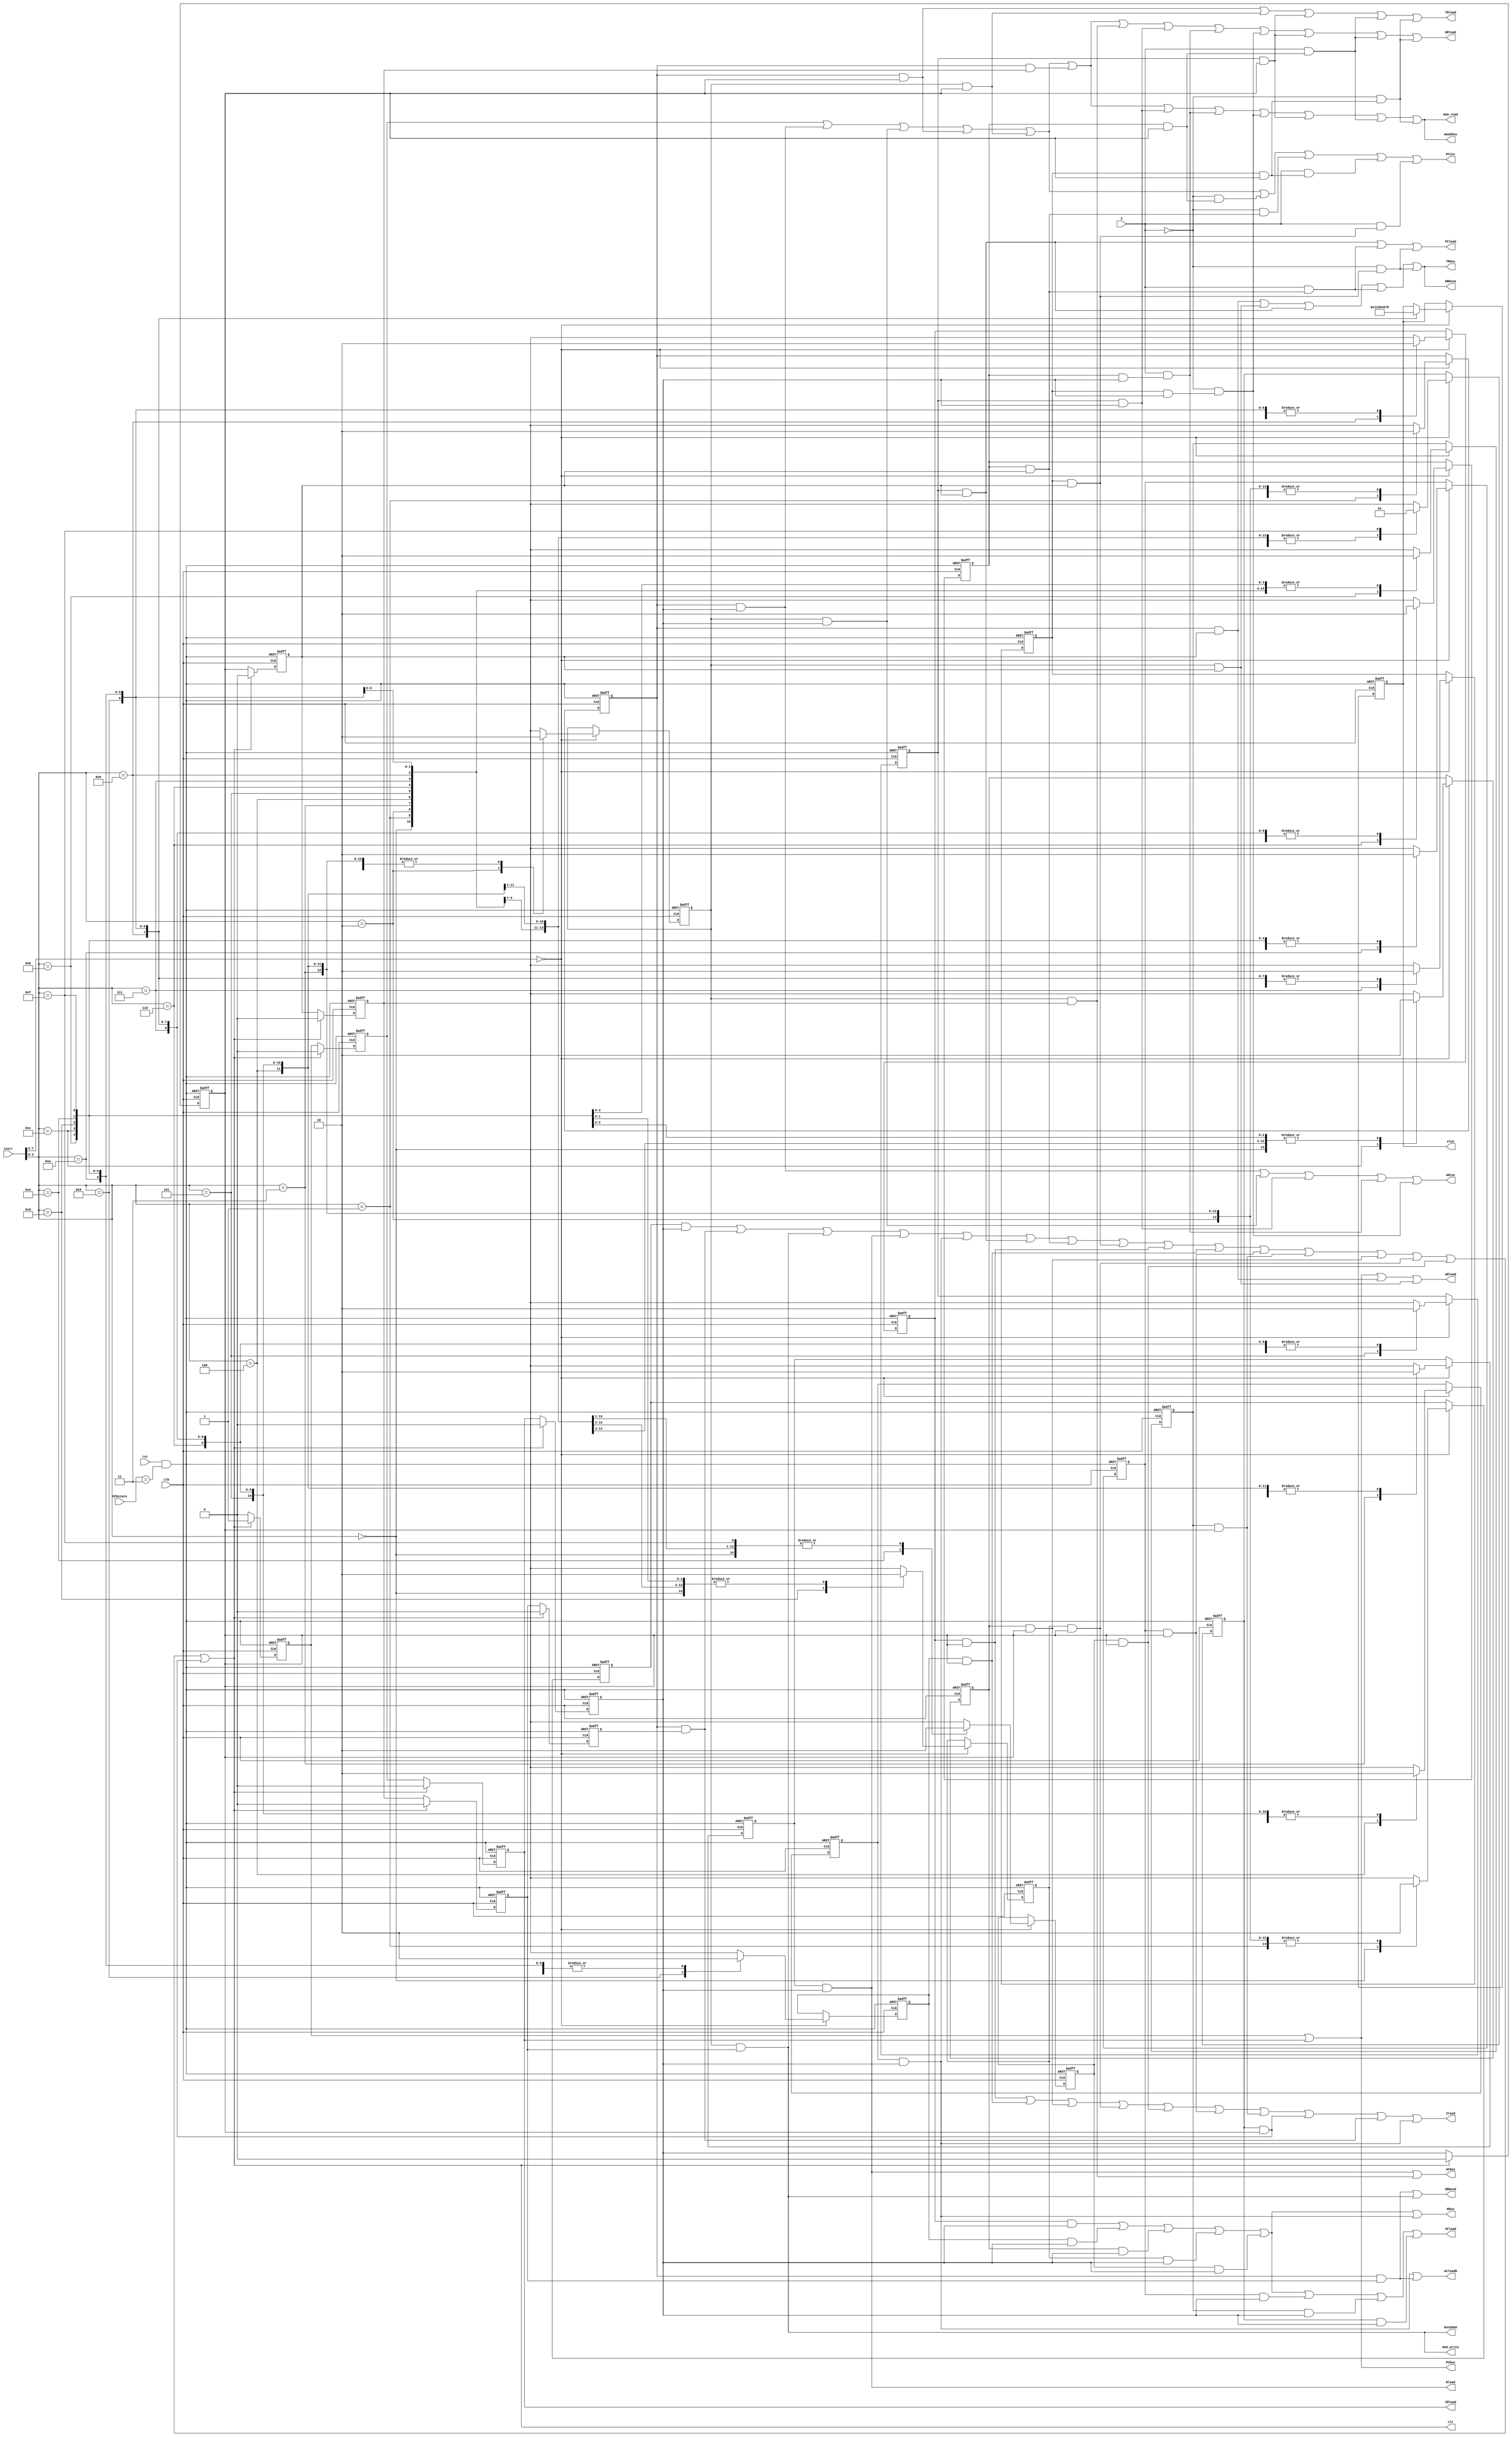
//

/*

       din8IR
       clk1
       rst1cpustatereset
       cpustateCPUINCHECKRUN2
       z1z

      clr
      
*/

module control(instr, clk, rst, CPUstate, Z, 
               ARload, ARinc, PCload, PCinc, DRload, IRload, TRload,
      		   Rload, ACload, Zload, ACloadR,
    		   PCbus, DRbusd, DRbusa, TRbus,
       		   Rbus, ACbus,
               alus, clr,
               mem_read, mem_write,
               mem2bus, bus2mem);

input [7:0] instr;    //
input clk, rst, Z;
input [1:0] CPUstate;

output ARload, ARinc, PCload, PCinc, DRload, IRload, TRload,
       Rload, ACload, Zload, ACloadR,
       PCbus, DRbusd, DRbusa, TRbus,
       Rbus, ACbus,
       mem_read, mem_write, clr,
       mem2bus, bus2mem;
output [3:0] alus;
reg [3:0] alus;

//
wire fetch1,fetch2,fetch3;
wire NOP1,LDAC1,LDAC2,LDAC3,LDAC4,LDAC5,LDAC6;
wire ADD2,SUB2,AND2,OR2,XOR2,INAC2,CLAC2,NOT2;
wire STAC1,STAC2,STAC3,STAC4,STAC5;
wire MOVAC1,MOVR1,JUMP1,JUMP2,JUMP3;
wire JMPZ1,JMPZ2,JMPZ3,JPNZ1,JPNZ2,JPNZ3;
wire ADD1,SUB1,INAC1,CLAC1,AND1,OR1,XOR1,NOT1;

//,1,0
reg i_NOP, i_LDAC, i_STAC, i_MOVAC;
reg i_MOVR, i_JUMP, i_JMPZ, i_JPNZ;
reg i_ADD, i_SUB, i_INAC, i_CLAC;
reg i_AND, i_OR, i_XOR, i_NOT;

//8
reg t0, t1, t2, t3, t4, t5, t6, t7, t8;

//parameter's define
wire reset;

// signals for the counter
wire clr; //
wire inc; //
// assign signals for the cunter
assign reset = rst & (CPUstate == 2'b11);

//clr
assign clr = NOP1||LDAC6||STAC5||MOVAC1||MOVR1
			 ||JUMP3||JMPZ3||JPNZ3||ADD2||SUB2
			 ||INAC2||CLAC2||AND2||OR2||XOR2||NOT2;
assign inc = ~clr;

//
//
assign fetch1=t0;
assign fetch2=t1;
assign fetch3=t2;

assign NOP1 = i_NOP && t3;

assign LDAC1 = i_LDAC && t3;
assign LDAC2 = i_LDAC && t4;
assign LDAC3 = i_LDAC && t5;
assign LDAC4 = i_LDAC && t6;
assign LDAC5 = i_LDAC && t7;
assign LDAC6 = i_LDAC && t8;

assign STAC1 = i_STAC && t3;
assign STAC2 = i_STAC && t4;
assign STAC3 = i_STAC && t5;
assign STAC4 = i_STAC && t6;
assign STAC5 = i_STAC && t7;

assign MOVAC1 = i_MOVAC && t3;

assign MOVR1 = i_MOVR && t3;

assign JUMP1 = i_JUMP && t3;
assign JUMP2 = i_JUMP && t4;
assign JUMP3 = i_JUMP && t5;

assign JMPZ1 = i_JMPZ && t3;
assign JMPZ2 = i_JMPZ && t4;
assign JMPZ3 = i_JMPZ && t5;

assign JPNZ1 = i_JPNZ && t3;
assign JPNZ2 = i_JPNZ && t4;
assign JPNZ3 = i_JPNZ && t5;

assign ADD1 = i_ADD && t3;
assign ADD2 = i_ADD && t4;

assign SUB1 = i_SUB && t3;
assign SUB2 = i_SUB && t4;

assign INAC1 = i_INAC && t3;
assign INAC2 = i_INAC && t4;

assign CLAC1 = i_CLAC && t3;
assign CLAC2 = i_CLAC && t4;

assign AND1 = i_AND && t3;
assign AND2 = i_AND && t4;

assign OR1 = i_OR && t3;
assign OR2 = i_OR && t4;

assign XOR1 = i_XOR && t3;
assign XOR2 = i_XOR && t4;

assign NOT1 = i_NOT && t3;
assign NOT2 = i_NOT && t4;


//
assign ARload = fetch1||fetch3||LDAC3||STAC3;
assign ARinc = LDAC1||STAC1||JUMP1||(Z&&JMPZ1)||(!Z&&JPNZ1);
assign PCload = JUMP3||(Z&&JMPZ3)||(!Z&&JPNZ3);
assign PCinc = fetch2||LDAC1||STAC1||LDAC2||STAC2||(!Z&&JMPZ2)||(!Z&&JMPZ3)||(Z&&JPNZ2)||(Z&&JPNZ3);
assign DRload = fetch2||LDAC1||STAC1||LDAC2||STAC2||LDAC4||STAC4||JUMP1||(Z&&JMPZ1)||(!Z&&JPNZ1)||JUMP2||(Z&&JMPZ2)||(!Z&&JPNZ2);
assign IRload = fetch3;
assign TRload = LDAC2||STAC2||JUMP2||(Z&&JMPZ2)||(!Z&&JPNZ2);

assign Rload = MOVAC1;
assign ACload = ADD1||SUB1||AND1||OR1||XOR1||INAC1||CLAC1||NOT1;
assign Zload = ADD2||SUB2||AND2||OR2||XOR2||INAC2||CLAC2||NOT2||LDAC6||MOVR1;

assign ACloadR = MOVR1||LDAC5;

assign PCbus = fetch1||fetch3;
assign DRbusd = LDAC5||STAC5;
assign DRbusa = LDAC3||STAC3||JUMP3||(Z&&JMPZ3)||(!Z&&JPNZ3);
assign TRbus = LDAC3||STAC3||JUMP3||(Z&&JMPZ3)||(!Z&&JPNZ3);
assign Rbus = ADD1||SUB1||AND1||OR1||XOR1||MOVR1;
assign ACbus = MOVAC1||STAC4;

assign mem_read = fetch2||LDAC1||STAC1||LDAC2||STAC2||LDAC4||JUMP1||(Z&&JMPZ1)||(!Z&&JPNZ1)||JUMP2||(Z&&JMPZ2)||(!Z&&JPNZ2);
assign mem_write = STAC5;
assign mem2bus = fetch2||LDAC1||STAC1||LDAC2||STAC2||LDAC4||JUMP1||(Z&&JMPZ1)||(!Z&&JPNZ1)||JUMP2||(Z&&JMPZ2)||(!Z&&JPNZ2);
assign bus2mem = STAC5;

//assign alus = 
/* always @(*) begin
	if(CLAC1)alus = 4'b0000;
	else if(ADD1)alus = 4'b0001;
	else if(SUB1)alus =  4'b0010;
	else if(INAC1)alus = 4'b0011;
	else if(AND1)alus = 4'b0100;
	else if(OR1)alus = 4'b0101;
	else if(NOT1)alus = 4'b0110;
	else if(XOR1)alus = 4'b0111;
	else if(LDAC1)alus = 4'b1000;
end */

//    
always @(posedge clk or negedge reset) begin
       if(!reset)
	begin//nop
	    i_NOP <= 1;
		i_LDAC <= 0;
		i_STAC <= 0;
		i_MOVAC <= 0;

		i_MOVR <= 0;
		i_JUMP <= 0;
		i_JMPZ <= 0;
		i_JPNZ <= 0;

		i_ADD <= 0;
		i_SUB <= 0;
		i_INAC <= 0;
		i_CLAC <= 0;

		i_AND <= 0;
		i_OR <= 0;
		i_XOR <= 0;
		i_NOT <= 0;

		alus <= 4'bzzzz;
	end
else 
begin
	//alusxalusxalus
	
	if(instr[7:4] == 0000)//
	begin
		case(instr[3:0])
		0:  begin//40nopinop1
			i_NOP <= 1;
			i_LDAC <= 0;
			i_STAC <= 0;
			i_MOVAC <= 0;

			i_MOVR <= 0;
			i_JUMP <= 0;
			i_JMPZ <= 0;
			i_JPNZ <= 0;

			i_ADD <= 0;
			i_SUB <= 0;
			i_INAC <= 0;
			i_CLAC <= 0;

			i_AND <= 0;
			i_OR <= 0;
			i_XOR <= 0;
			i_NOT <= 0;
		end
		1:  begin
			//40001ildacildac10
			//0Quartus IIALUalus
			//10nopalus
			i_NOP <= 0;
			i_LDAC <= 1;
			i_STAC <= 0;
			i_MOVAC <= 0;

			i_MOVR <= 0;
			i_JUMP <= 0;
			i_JMPZ <= 0;
			i_JPNZ <= 0;

			i_ADD <= 0;
			i_SUB <= 0;
			i_INAC <= 0;
			i_CLAC <= 0;

			i_AND <= 0;
			i_OR <= 0;
			i_XOR <= 0;
			i_NOT <= 0;
			
		end
		2:  begin
			i_NOP <= 0;
			i_LDAC <= 0;
			i_STAC <= 1;
			i_MOVAC <= 0;

			i_MOVR <= 0;
			i_JUMP <= 0;
			i_JMPZ <= 0;
			i_JPNZ <= 0;

			i_ADD <= 0;
			i_SUB <= 0;
			i_INAC <= 0;
			i_CLAC <= 0;

			i_AND <= 0;
			i_OR <= 0;
			i_XOR <= 0;
			i_NOT <= 0;
			
		end
		3:  begin
			i_NOP <= 0;
			i_LDAC <= 0;
			i_STAC <= 0;
			i_MOVAC <= 1;

			i_MOVR <= 0;
			i_JUMP <= 0;
			i_JMPZ <= 0;
			i_JPNZ <= 0;

			i_ADD <= 0;
			i_SUB <= 0;
			i_INAC <= 0;
			i_CLAC <= 0;

			i_AND <= 0;
			i_OR <= 0;
			i_XOR <= 0;
			i_NOT <= 0;
			
		end
		4:  begin
			i_NOP <= 0;
			i_LDAC <= 0;
			i_STAC <= 0;
			i_MOVAC <= 0;

			i_MOVR <= 1;
			i_JUMP <= 0;
			i_JMPZ <= 0;
			i_JPNZ <= 0;

			i_ADD <= 0;
			i_SUB <= 0;
			i_INAC <= 0;
			i_CLAC <= 0;

			i_AND <= 0;
			i_OR <= 0;
			i_XOR <= 0;
			i_NOT <= 0;
			
		end
		5:  begin
			i_NOP <= 0;
			i_LDAC <= 0;
			i_STAC <= 0;
			i_MOVAC <= 0;

			i_MOVR <= 0;
			i_JUMP <= 1;
			i_JMPZ <= 0;
			i_JPNZ <= 0;

			i_ADD <= 0;
			i_SUB <= 0;
			i_INAC <= 0;
			i_CLAC <= 0;

			i_AND <= 0;
			i_OR <= 0;
			i_XOR <= 0;
			i_NOT <= 0;
			
		end
		6:  begin
			i_NOP <= 0;
			i_LDAC <= 0;
			i_STAC <= 0;
			i_MOVAC <= 0;

			i_MOVR <= 0;
			i_JUMP <= 0;
			i_JMPZ <= 1;
			i_JPNZ <= 0;

			i_ADD <= 0;
			i_SUB <= 0;
			i_INAC <= 0;
			i_CLAC <= 0;

			i_AND <= 0;
			i_OR <= 0;
			i_XOR <= 0;
			i_NOT <= 0;
			
		end
		7:  begin
			i_NOP <= 0;
			i_LDAC <= 0;
			i_STAC <= 0;
			i_MOVAC <= 0;

			i_MOVR <= 0;
			i_JUMP <= 0;
			i_JMPZ <= 0;
			i_JPNZ <= 1;

			i_ADD <= 0;
			i_SUB <= 0;
			i_INAC <= 0;
			i_CLAC <= 0;

			i_AND <= 0;
			i_OR <= 0;
			i_XOR <= 0;
			i_NOT <= 0;
			
		end
		8:  begin
			i_NOP <= 0;
			i_LDAC <= 0;
			i_STAC <= 0;
			i_MOVAC <= 0;

			i_MOVR <= 0;
			i_JUMP <= 0;
			i_JMPZ <= 0;
			i_JPNZ <= 0;

			i_ADD <= 1;
			i_SUB <= 0;
			i_INAC <= 0;
			i_CLAC <= 0;

			i_AND <= 0;
			i_OR <= 0;
			i_XOR <= 0;
			i_NOT <= 0;

			alus <= 4'b0001;
			
		end
		9:  begin
			i_NOP <= 0;
			i_LDAC <= 0;
			i_STAC <= 0;
			i_MOVAC <= 0;

			i_MOVR <= 0;
			i_JUMP <= 0;
			i_JMPZ <= 0;
			i_JPNZ <= 0;

			i_ADD <= 0;
			i_SUB <= 1;
			i_INAC <= 0;
			i_CLAC <= 0;

			i_AND <= 0;
			i_OR <= 0;
			i_XOR <= 0;
			i_NOT <= 0;

			alus <= 4'b0010;
			
		end
        10:  begin
            i_NOP <= 0;
			i_LDAC <= 0;
			i_STAC <= 0;
			i_MOVAC <= 0;

			i_MOVR <= 0;
			i_JUMP <= 0;
			i_JMPZ <= 0;
			i_JPNZ <= 0;

			i_ADD <= 0;
			i_SUB <= 0;
			i_INAC <= 1;
			i_CLAC <= 0;

			i_AND <= 0;
			i_OR <= 0;
			i_XOR <= 0;
			i_NOT <= 0;

			alus <= 4'b0011;

        end
        11:  begin
			i_NOP <= 0;
			i_LDAC <= 0;
			i_STAC <= 0;
			i_MOVAC <= 0;

			i_MOVR <= 0;
			i_JUMP <= 0;
			i_JMPZ <= 0;
			i_JPNZ <= 0;

			i_ADD <= 0;
			i_SUB <= 0;
			i_INAC <= 0;
			i_CLAC <= 1;

			i_AND <= 0;
			i_OR <= 0;
			i_XOR <= 0;
			i_NOT <= 0;

			alus <= 4'b0000;
            end
        12:  begin
			i_NOP <= 0;
			i_LDAC <= 0;
			i_STAC <= 0;
			i_MOVAC <= 0;

			i_MOVR <= 0;
			i_JUMP <= 0;
			i_JMPZ <= 0;
			i_JPNZ <= 0;

			i_ADD <= 0;
			i_SUB <= 0;
			i_INAC <= 0;
			i_CLAC <= 0;

			i_AND <= 1;
			i_OR <= 0;
			i_XOR <= 0;
			i_NOT <= 0;

			alus <= 4'b0100;
        end
        13:  begin
			i_NOP <= 0;
			i_LDAC <= 0;
			i_STAC <= 0;
			i_MOVAC <= 0;

			i_MOVR <= 0;
			i_JUMP <= 0;
			i_JMPZ <= 0;
			i_JPNZ <= 0;

			i_ADD <= 0;
			i_SUB <= 0;
			i_INAC <= 0;
			i_CLAC <= 0;

			i_AND <= 0;
			i_OR <= 1;
			i_XOR <= 0;
			i_NOT <= 0;

			alus <= 4'b0101;
        end
        14:  begin
			i_NOP <= 0;
			i_LDAC <= 0;
			i_STAC <= 0;
			i_MOVAC <= 0;

			i_MOVR <= 0;
			i_JUMP <= 0;
			i_JMPZ <= 0;
			i_JPNZ <= 0;

			i_ADD <= 0;
			i_SUB <= 0;
			i_INAC <= 0;
			i_CLAC <= 0;

			i_AND <= 0;
			i_OR <= 0;
			i_XOR <= 1;
			i_NOT <= 0;

			alus <= 4'b0111;
        end
        15:  begin
			i_NOP <= 0;
			i_LDAC <= 0;
			i_STAC <= 0;
			i_MOVAC <= 0;

			i_MOVR <= 0;
			i_JUMP <= 0;
			i_JMPZ <= 0;
			i_JPNZ <= 0;

			i_ADD <= 0;
			i_SUB <= 0;
			i_INAC <= 0;
			i_CLAC <= 0;

			i_AND <= 0;
			i_OR <= 0;
			i_XOR <= 0;
			i_NOT <= 1;

			alus <= 4'b0110;
        end
		//defuault	
		endcase
	end
end
end

//
always @(posedge clk or negedge reset) begin
if(!reset) //reset
begin
	t0<=1;
	t1<=0;
	t2<=0;
	t3<=0;
	t4<=0;
	t5<=0;
	t6<=0;
	t7<=0;
	t8<=0;
end
else
begin
	if(inc) //
	begin
	t8<=t7;
	t7<=t6;
	t6<=t5;
	t5<=t4;
	t4<=t3;
	t3<=t2;
	t2<=t1;
	t1<=t0;
	t0<=0;
	end
	else if(clr) //
	begin
	t0<=1;
	t1<=0;
	t2<=0;
	t3<=0;
	t4<=0;
	t5<=0;
	t6<=0;
	t7<=0;
	t8<=0;
	end
end
end

endmodule